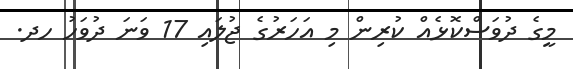
މީގެ ދުވަސްކޮޅެއް ކުރިން މި އަހަރުގެ ޖުލައި 17 ވަނަ ދުވަހު ހދ.